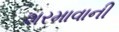
શરમાવાની